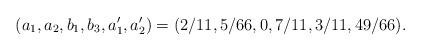
LaTeX: \begin{align*}(a_{1},a_{2},b_{1},b_{3},a_{1}',a_{2}')=(2/11,5/66,0,7/11,3/11,49/66).\end{align*}